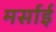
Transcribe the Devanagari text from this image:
मर्साई